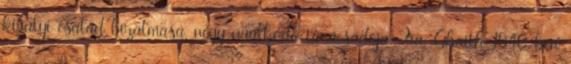
királyi család bizalmasa, négy uralkodó tanácsadója. Fia, Ghaith 1940-ben